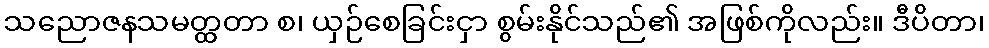
သညောဇနသမတ္ထတာ စ၊ ယှဉ်စေခြင်းငှာ စွမ်းနိုင်သည်၏ အဖြစ်ကိုလည်း။ ဒီပိတာ၊